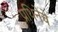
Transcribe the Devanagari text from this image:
प्रथिनेचे